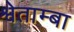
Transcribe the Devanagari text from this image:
श्वेताम्बा